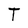
Character: T